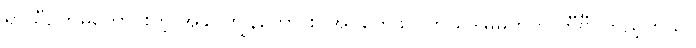
ရာသီဥတုမကောင်းတဲ့ အခါ ကျွန်တော် စာအုပ်တွေဖတ်တယ်ဒါမှမဟုတ် တီဗွီ ကြည့်တယ်။